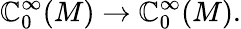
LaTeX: \mathbb{C}_{0}^{\infty}(M)\to\mathbb{C}_{0}^{\infty}(M).